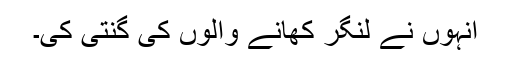
انہوں نے لنگر کھانے والوں کی گنتی کی۔